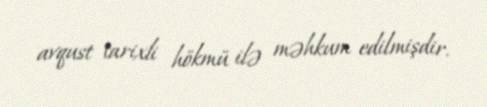
avqust tarixli hökmü ilə məhkum edilmişdir.